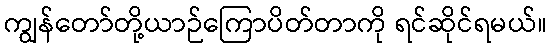
ကျွန်တော်တို့ယာဉ်ကြောပိတ်တာကို ရင်ဆိုင်ရမယ်။